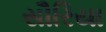
સૌરિયા